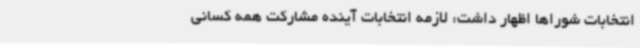
انتخابات شوراها اظهار داشت: لازمه انتخابات آینده مشارکت همه کسانی